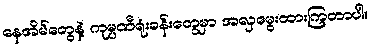
နေအိမ်တွေနဲ့ ကုမ္ပဏီရုံးခန်းတွေမှာ အလှမွေးထားကြတာပါ။